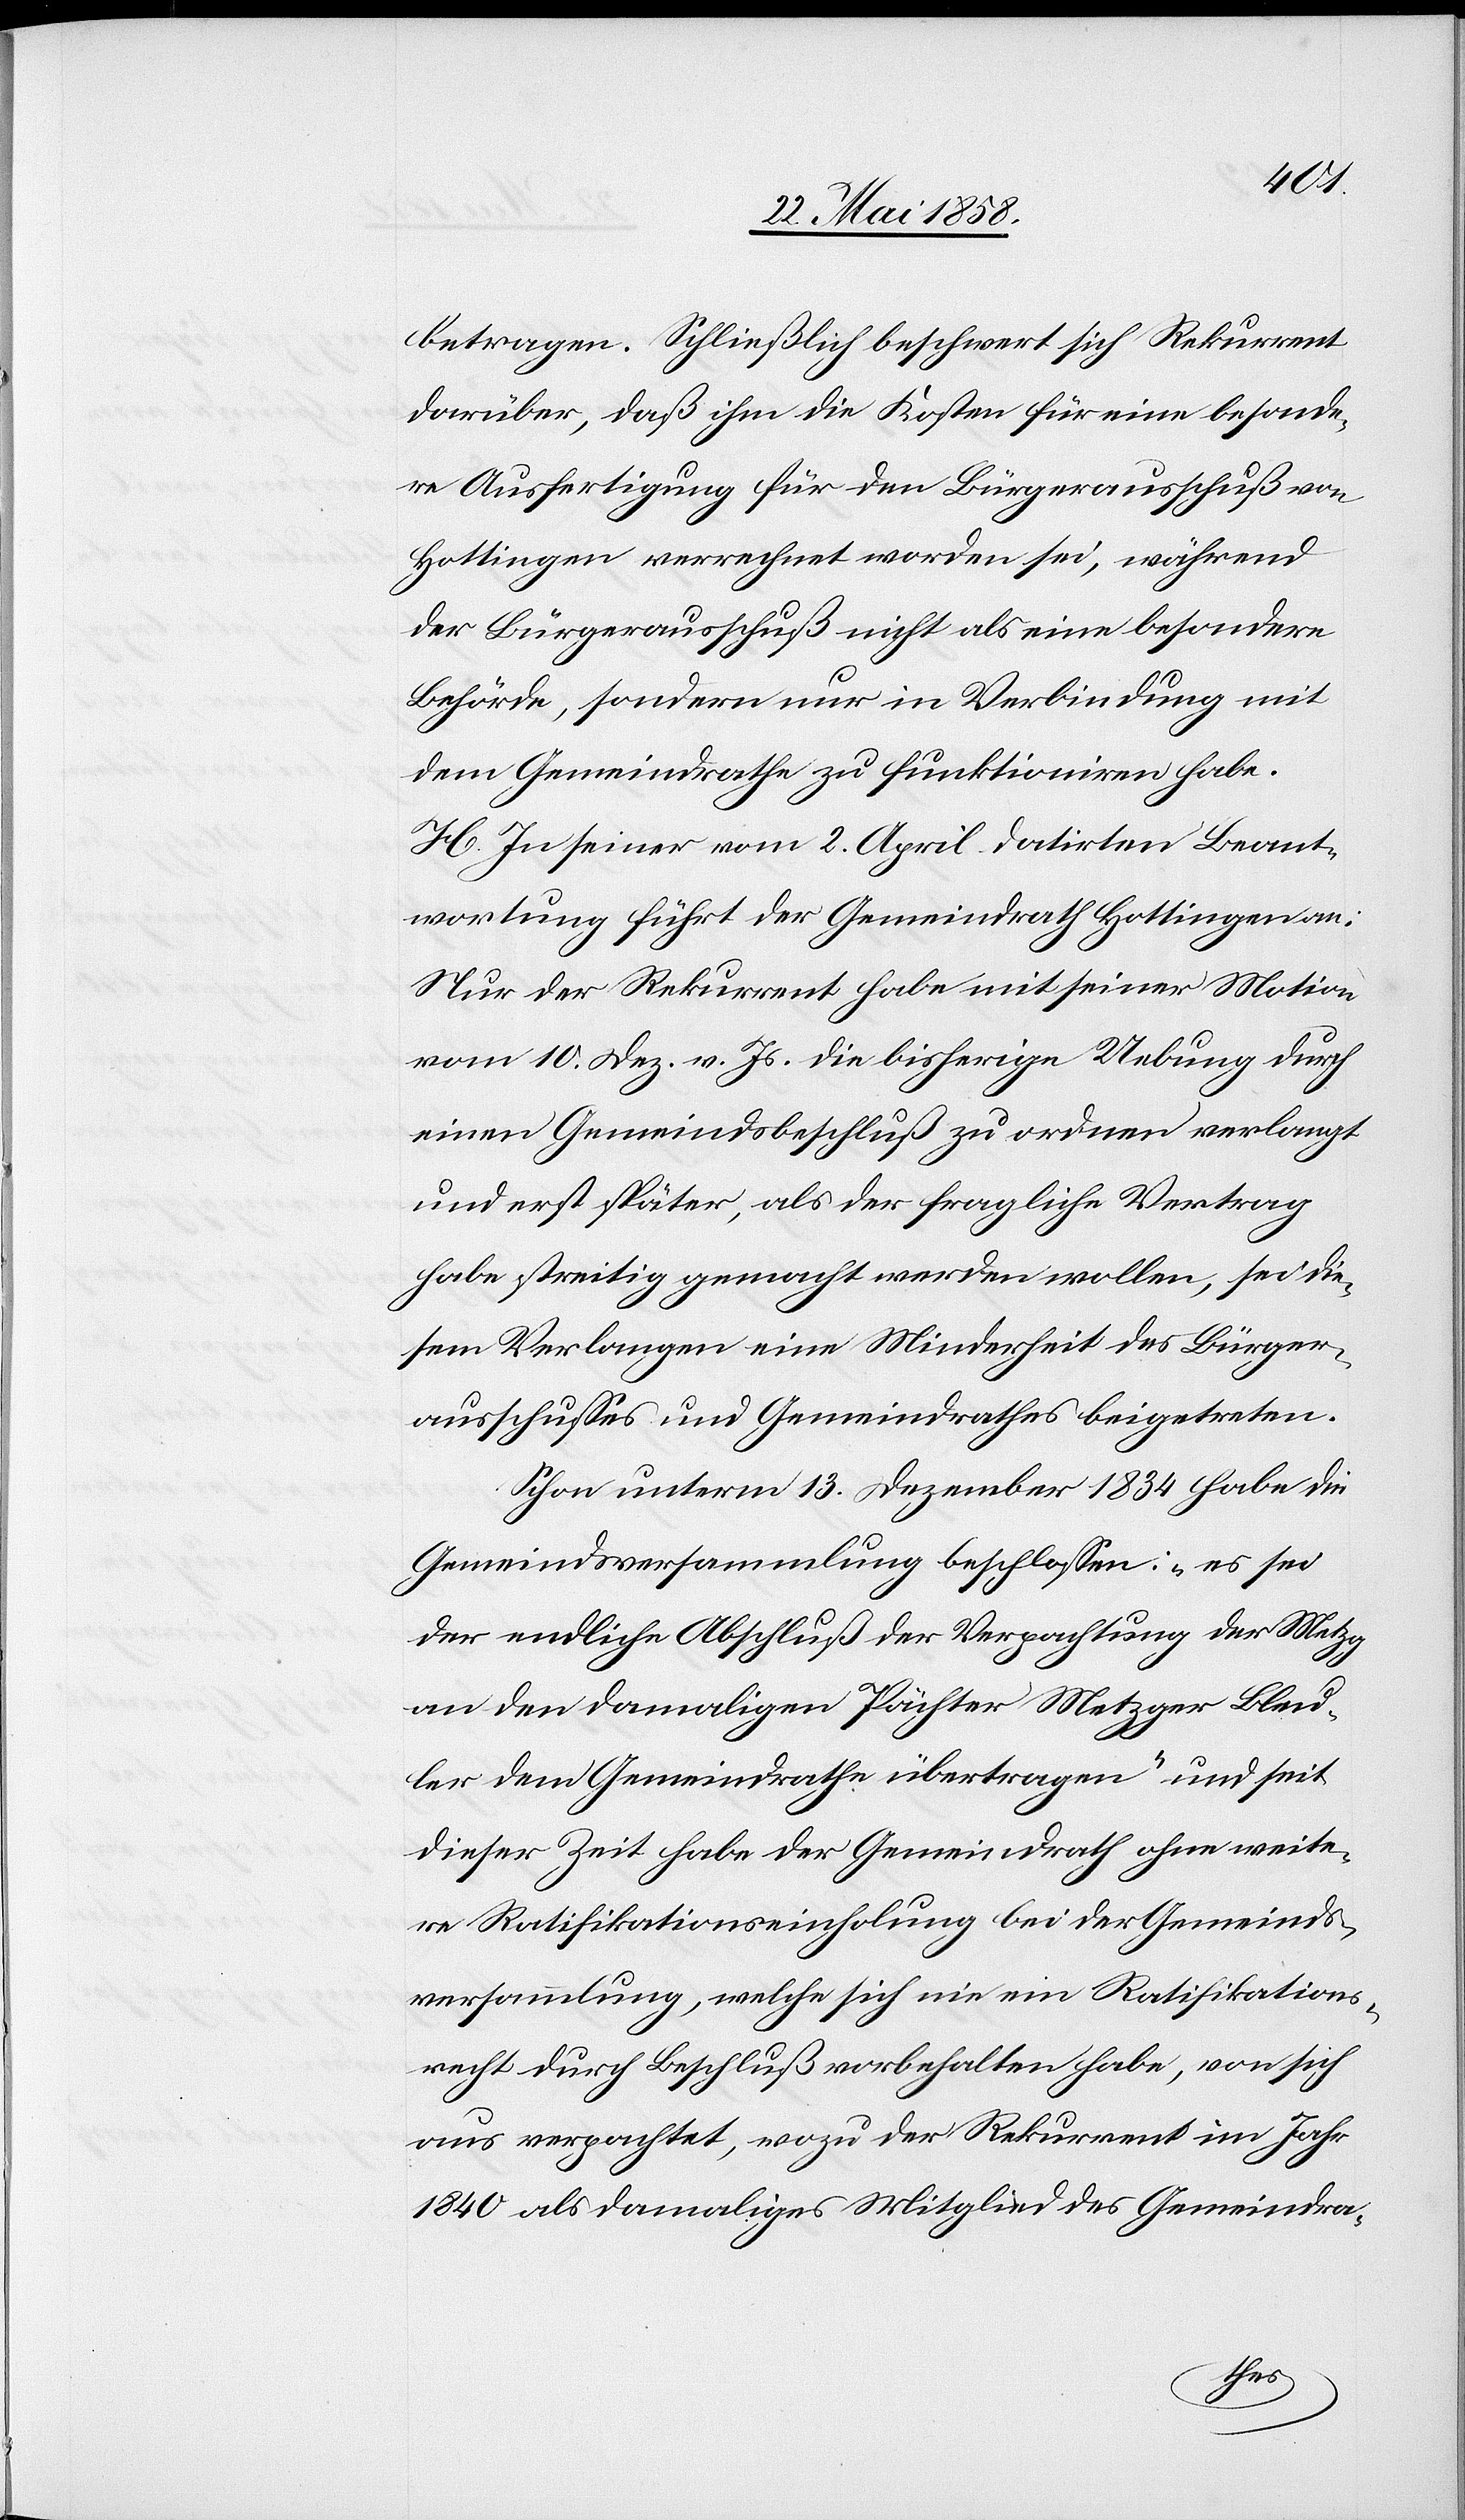
betragen. Schließlich beschwert sich Rekurrent
darüber, daß ihm die Kosten für eine besonde¬
re Ausfertigung für den Bürgerausschuß von
Hottingen verrechnet worden sei, während
der Bürgerausschuß nicht als eine besondere
Behörde, sondern nur in Verbindung mit
dem Gemeindrathe zu funktioniren habe.
H. In seiner vom 2. April datirten Beant¬
wortung führt der Gemeindrath Hottingen an:
Nur der Rekurrent habe mit seiner Motion
vom 10. Dez. v. Js. die bisherige Uebung durch
einen Gemeindsbeschluß zu ordnen verlangt
und erst später, als der fragliche Vertrag
habe streitig gemacht werden wollen, sie die¬
sem Verlangen eine Minderheit des Bürger¬
ausschusses und Gemeindrathes beigetreten.
Schon unterm 13. Dezember 1834 habe die
Gemeindsversammlung beschlossen: „es sei
der endliche Abschluß der Verpachtung der Metzg
an den damaligen Pächter Metzger Bleu¬
ler dem Gemeindrathe übertragen“ und seit
dieser Zeit habe der Gemeindrath ohne weite¬
re Ratifikationseinholung bei der Gemeinds¬
versammlung, welche sich nie ein Ratifikations¬
recht durch Beschluß vorbehalten habe, von sich
aus verpachtet, wozu der Rekurrent im Jahr
1840 als damaliges Mitglied des Gemeindra-